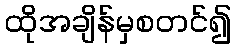
ထိုအချိန်မှစတင်၍